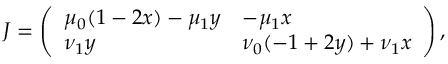
J = \left( \begin{array} { l l } { \mu _ { 0 } ( 1 - 2 x ) - \mu _ { 1 } y } & { - \mu _ { 1 } x } \\ { \nu _ { 1 } y } & { \nu _ { 0 } ( - 1 + 2 y ) + \nu _ { 1 } x } \end{array} \right) ,